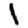
Digit: 1